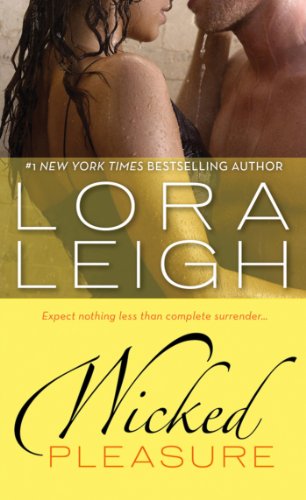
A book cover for Wicked Pleasure (Bound Hearts); Lora Leigh; Romance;